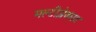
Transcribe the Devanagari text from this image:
मल्टीप्लेक्सड